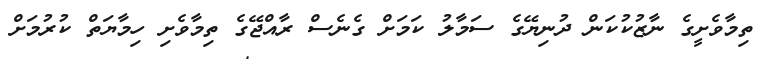
ތިމާވެށީގެ ނާޒުކުކަން ދުނިޔޭގެ ސަމާލު ކަމަށް ގެނެސް ރާއްޖޭގެ ތިމާވެށި ހިމާޔަތް ކުރުމަށް